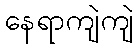
နေရာကျဲကျဲ